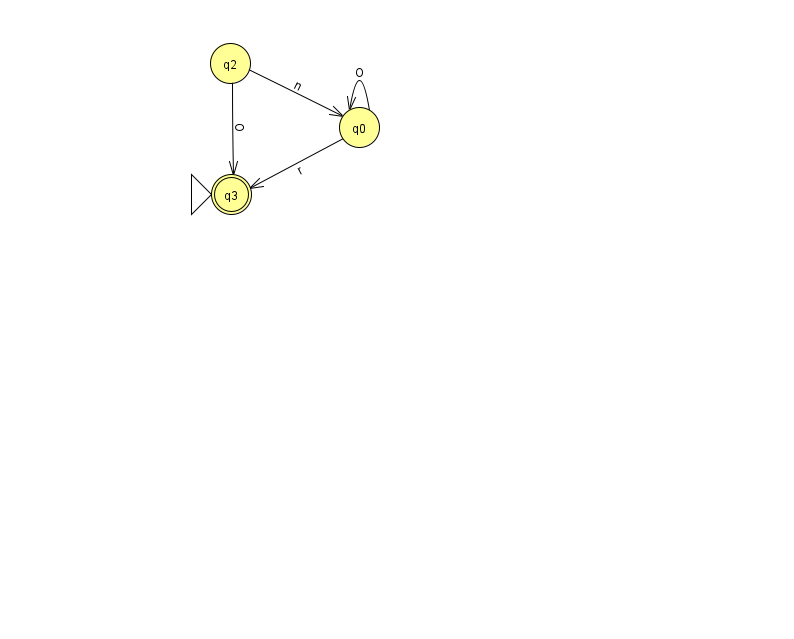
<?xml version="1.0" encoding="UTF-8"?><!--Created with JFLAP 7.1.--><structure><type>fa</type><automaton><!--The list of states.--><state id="0" name="q0"><x>359.0</x><y>114.0</y></state><state id="2" name="q2"><x>230.0</x><y>50.0</y></state><state id="3" name="q3"><x>231.0</x><y>181.0</y><initial/><final/></state><!--The list of transitions.--><transition><from>0</from><to>3</to><read>r</read></transition><transition><from>2</from><to>0</to><read>n</read></transition><transition><from>2</from><to>3</to><read>O</read></transition><transition><from>0</from><to>0</to><read>O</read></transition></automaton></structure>